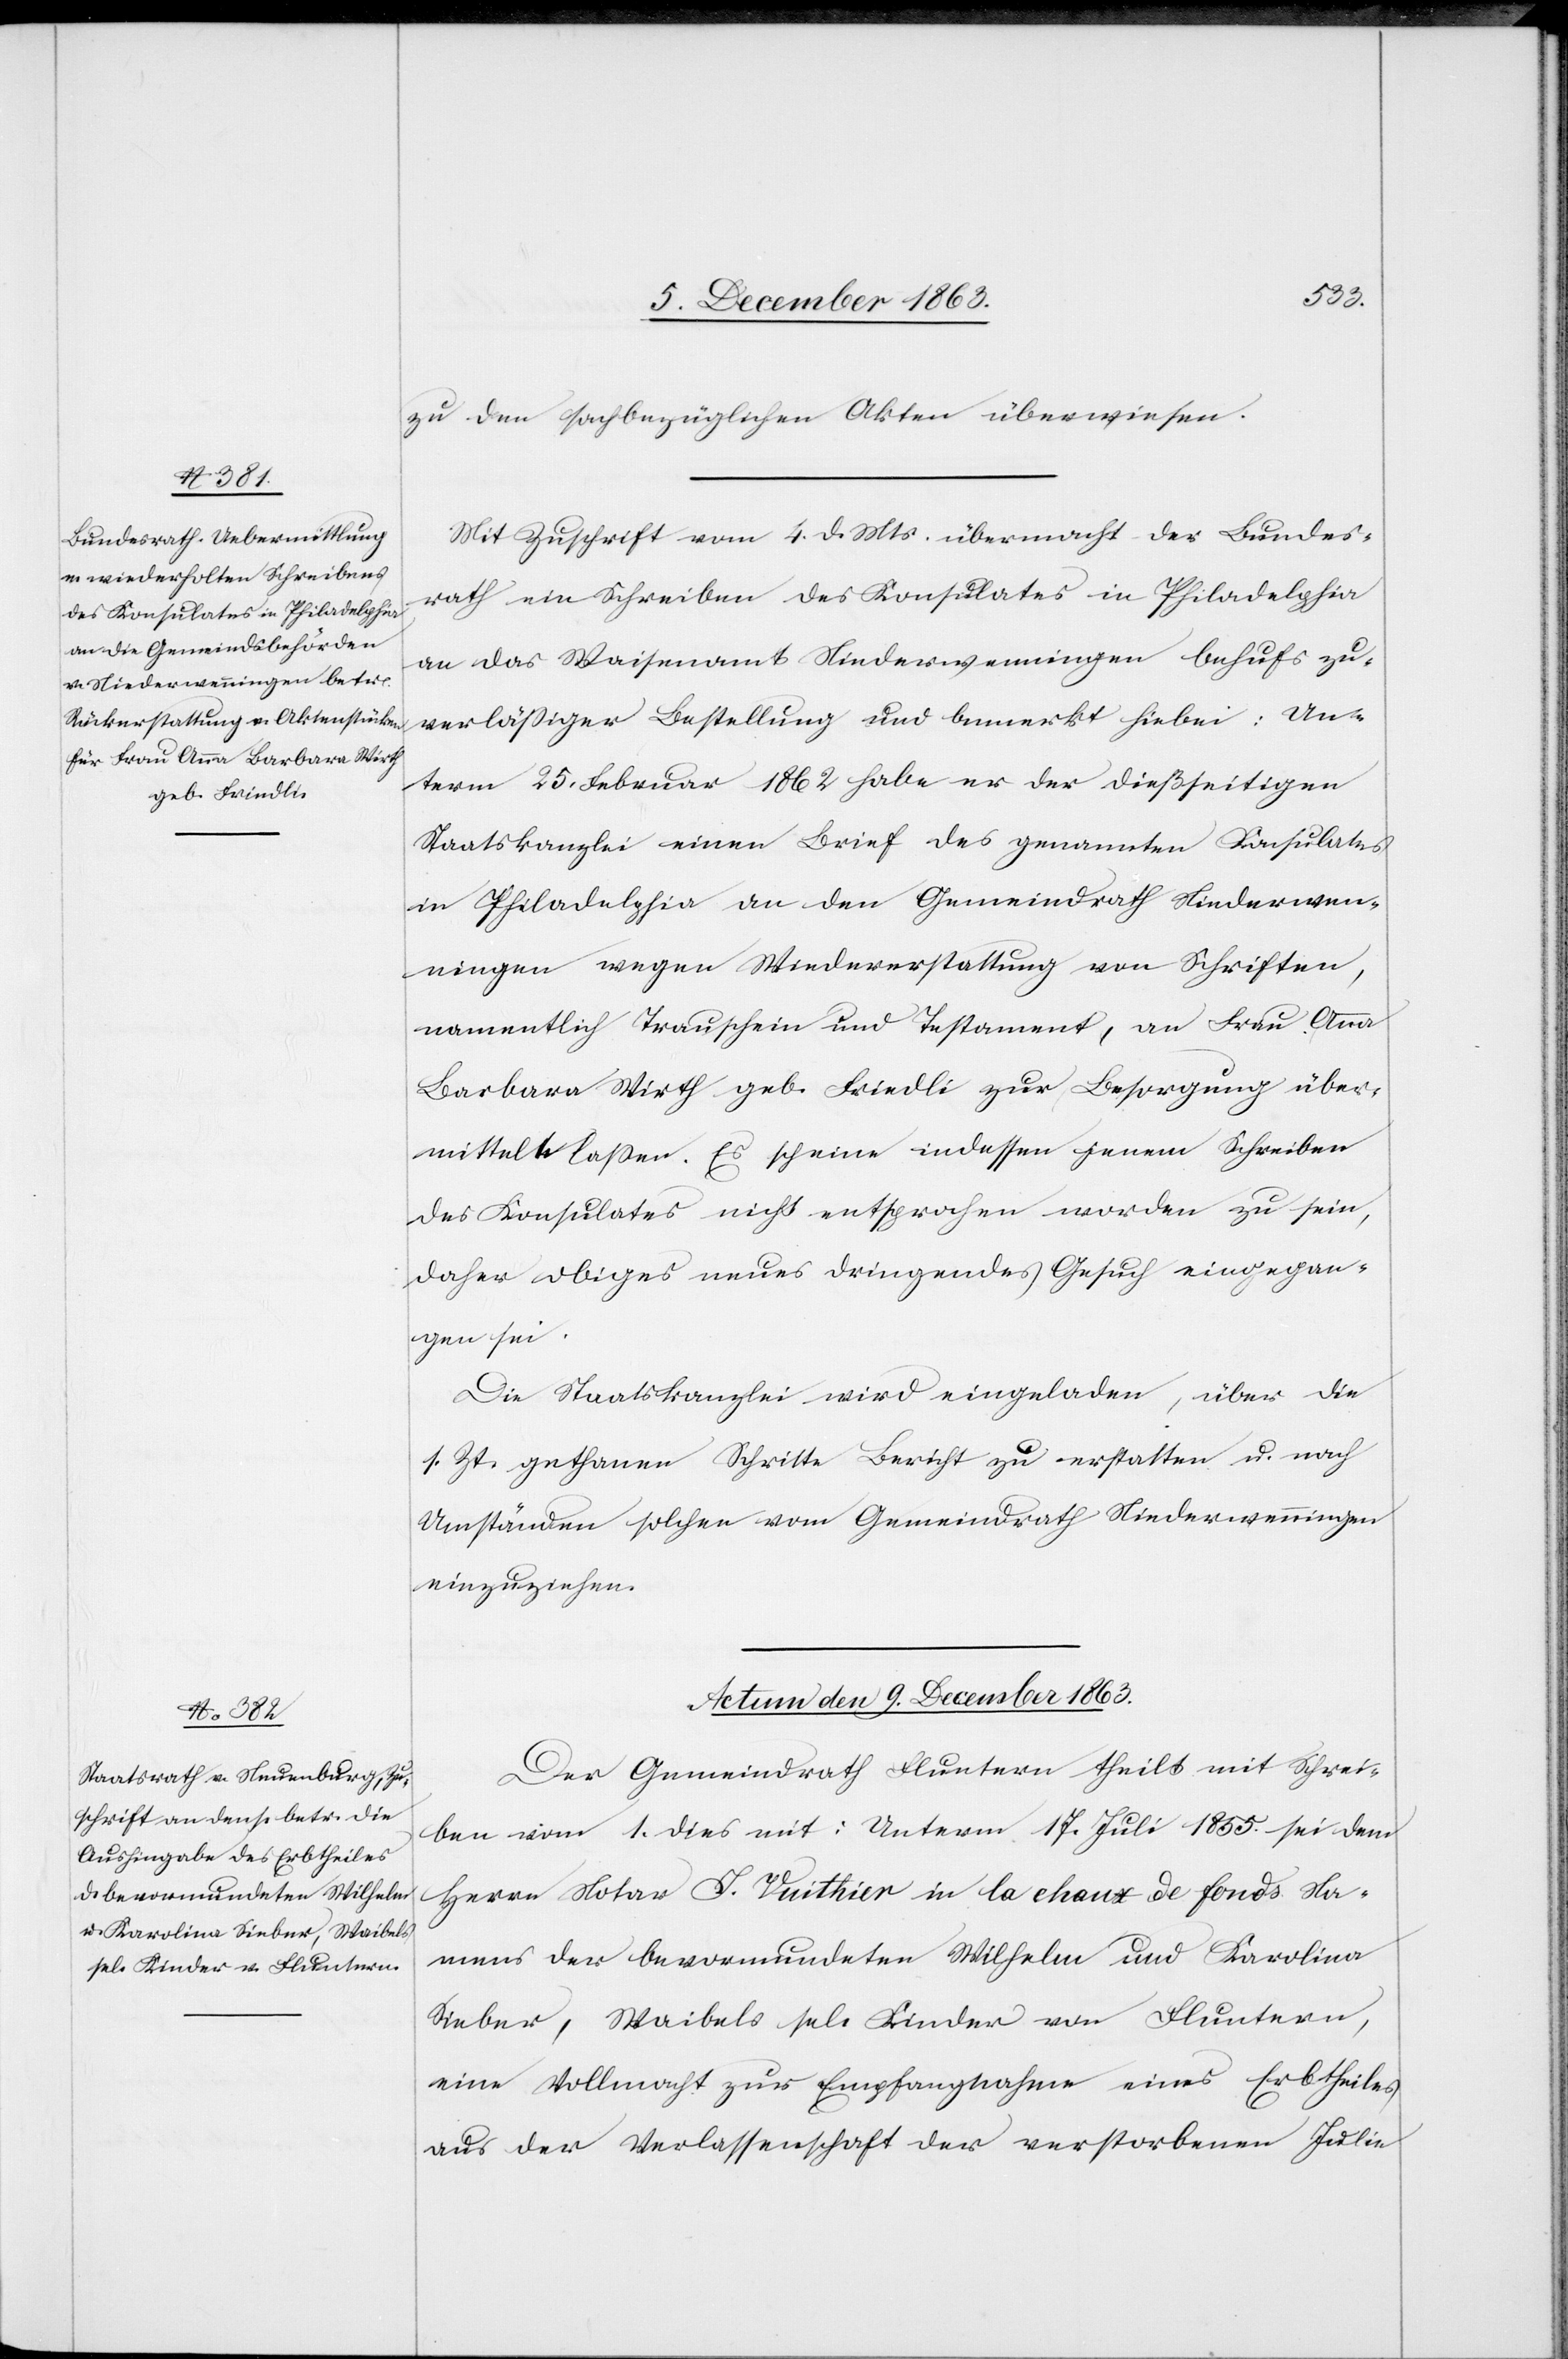
zu den sachbezüglichen Akten überwiesen.
Mit Zuschrift vom 4. d. Mts. übermacht der Bundes¬
rath ein Schreiben des Konsulates in Philadelphia
an das Waisenamt Niederwenningen behufs zu¬
verlässiger Bestellungen und bemerkt hiebei: Un¬
term 25. Februar 1862 habe er der dießseitigen
Staatskanzlei einen Brief des genannten Konsulates
in Philadelphia an den Gemeindrath Niederwen¬
ningen wegen Wiedererstattung von Schriften,
namentlich Trauschein und Testament, an Frau Anna
Barbara Wirth geb. Friedli zur Besorgung über¬
mitteln lassen. Es scheine indessen jenem Schreiben
des Konsulates nicht entsprochen worden zu sein,
daher obiges neues dringendes Gesuch eingegan¬
gen sei.
Die Staatskanzlei wird eingeladen, über die
s. Zt. gethanen Schritte Bericht zu erstatten u. nach
Umständen solchen vom Gemeindrath Niederwenningen
einzuziehen.
Actum den 9. December 1863.
Der Gemeindrath Fluntern theilt mit Schrei¬
ben vom 1. dies mit: Unterm 17. Juli 1855 sei dem
Herrn Notar J. Vuithier in la chaux de fonds Na¬
mens der bevormundeten Wilhelm und Karolina
Sieber, Waibels sel. Kinder von Fluntern,
eine Vollmacht zur Empfangnahme eines Erbtheiles
aus der Verlassenschaft der verstorbenen Julie